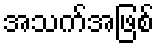
အသက်အဖြစ်